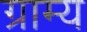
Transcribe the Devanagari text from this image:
ग्राम्‍य